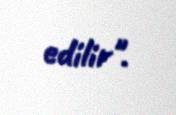
edilir".